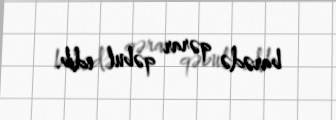
barədə qərar qəbul edib.